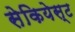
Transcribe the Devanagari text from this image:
सेकियेस्ट